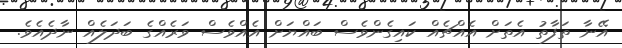
އޭނާ ތަފާތު އެތަށް އެއްޗެއް ކައިގެންވެސް ބައްޔަށް އެއްވެސް ވަރެއްގެ ބަދަލެއް ނާދެއެވެ.